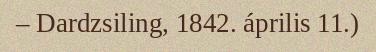
– Dardzsiling, 1842. április 11.)